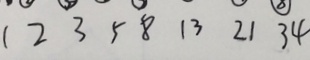
1 2 3 5 8 1 3 2 1 3 4